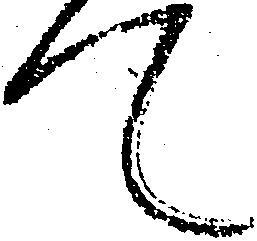
て